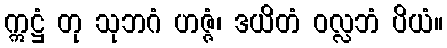
ဣဋ္ဌံ တု သုဘဂံ ဟဇ္ဇံ၊ ဒယိတံ ဝလ္လဘံ ပိယံ။